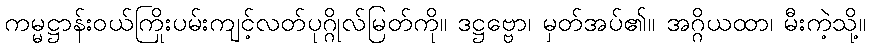
ကမ္မဋ္ဌာန်းဝယ်ကြိုးပမ်းကျင့်လတ်ပုဂ္ဂိုလ်မြတ်ကို။ ဒဋ္ဌဗ္ဗော၊ မှတ်အပ်၏။ အဂ္ဂိယထာ၊ မီးကဲ့သို့။